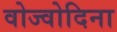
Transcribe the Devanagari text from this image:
वोज्वोदिना